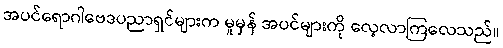
အပင်ရောဂါဗေဒပညာရှင်များက မူမှန် အပင်များကို လေ့လာကြလေသည်။